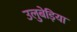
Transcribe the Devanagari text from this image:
उलुबेड़िया